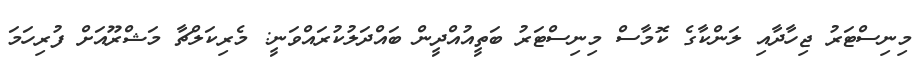
މިނިސްޓަރު ޖިހާދާއި ލަންކާގެ ކޮމާސް މިނިސްޓަރު ބަތީއުއްދީން ބައްދަލުކުރައްވަނީ: މެރިކަލްޗާ މަޝްރޫއަށް ފުރިހަމަ